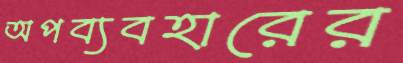
অপব্যবহারের